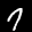
Label: 7